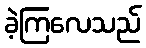
ခဲ့ကြလေသည်